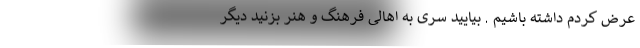
عرض کردم داشته باشیم . بیایید سری به اهالی فرهنگ و هنر بزنید دیگر